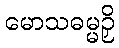
မောသဓမ္မဉှိ